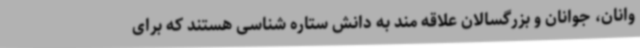
وانان، جوانان و بزرگسالان علاقه مند به دانش ستاره شناسی هستند که برای